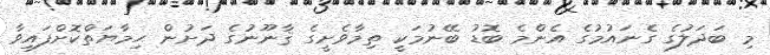
މި ބަދަލުގެ ގެނައުމުގެ އެންމެ ބޮޑު ބޭނުމަކީ ތިމާވެށީގެ ޤާނޫނުގެ ދަށުން ޙިމާޔަތްކޮށްފައިވާ